Insane asylums Bombay 1873-77 - 1873-1877
Year: 1873
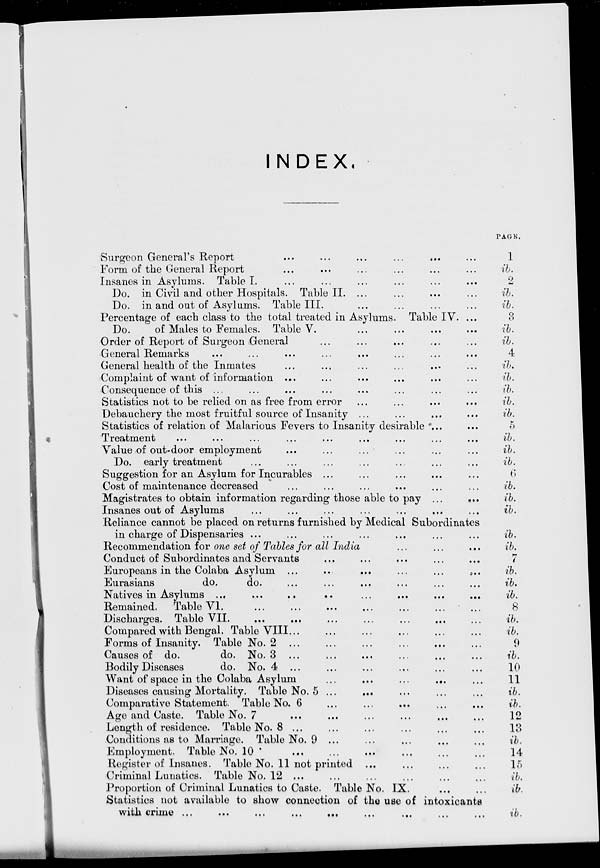
INDEX.
Surgeon General's Report ... ... ... ... ... ...
Form of the General Report ... ... ... ... ... ...
Insanes in Asylums. Table I. ... ... ... ... ... ...
Do. in Civil and other Hospitals. Table II. ... ... ... ...
Do. in and out of Asylums. Table III. ... ... ... ...
Percentage of each class to the total treated in Asylums. Table IV. ...
Do.
of Males to Females. Table V. ... ... ... ...
Order of Report of Surgeon General ... ... ... ... ...
General Remarks ... ... ... ... ... ... ... ...
General health of the Inmates ... ... ... ... ... ...
Complaint of want of information ... ... ... ... ... ...
Consequence of this ... ... ... ... ... ... ... ...
Statistics not to be relied on as free from error ... ... ... ...
Debauchery the most fruitful source of Insanity ... ... ... ...
Statistics of relation of Malarious Fevers to Insanity desirable ... ...
Treatment ... ... ... ... ... ... ... ... ...
Value of out-door employment ... ... ... ... ... ...
Do. early treatment ... ... ... ... ... ... ...
Suggestion for an Asylum for Incurables ... ... ... ... ...
Cost of maintenance decreased ... ... ... ... ... ...
Magistrates to obtain information regarding those able to pay ... ...
Insanes out of Asylums ... ... ... ... ... ... ...
Reliance cannot be placed on returns furnished by Medical Subordinates
in charge of Dispensaries ... ... ... ... ... ... ...
Recommendation for one set of Tables for all India ... ... ...
Conduct of Subordinates and Servants ... ... ... ... ...
Europeans in the Colaba Asylum ... ... ... ... ... ...
Eurasians
do.
do. ... ... ... ... ... ...
Natives in Asylums ... ... ... ... ... ...
Remained. Table VI. ... ... ... ... ... ... ...
Discharges. Table VII. ... ... ... ... ... ...
Compared with Bengal. Table VIII... ... ... ... ... ...
Forms of Insanity. Table No. 2 ... ... ... ... ... ...
Causes of do.
do. No. 3 ... ... ... ... ... ...
Bodily Diseases
do. No. 4 ... ... ... ... ... ...
Want of space in the Colaba Asylum ... ... ... ... ... ...
Diseases causing Mortality. Table No. 5 ... ... ... ... ... ...
Comparative Statement. Table No. 6 ... ... ... ... ...
Age and Caste. Table No. 7 ... ... ... ... ... ...
Length of residence. Table No. 8 ... ... ... ... ... ...
Conditions as to Marriage. Table No. 9 ... ... ... ... ...
Employment. Table No. 10 ... ... ... ... ... ...
Register of Insanes. Table No. 11 not printed ... ... ... ...
Criminal Lunatics. Table No. 12 ... ... ... ... ... ...
Proportion of Criminal Lunatics to Caste. Table No. IX. ... ...
Statistics not available to show connection of the use of intoxicants
with crime ... ... ... ... ... ... ... ... ...
PAGE.
1
ib.
2
ib.
ib.
3
ib.
ib.
4
ib.
ib.
ib.
ib.
ib.
5
ib.
ib.
ib.
6
ib.
ib.
ib.
ib.
ib.
7
ib.
ib.
ib.
8
ib.
ib.
9
ib.
10
11
ib.
ib.
12
13
ib.
14
15
ib.
ib.
ib.